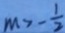
m > - \frac { 1 } { 2 }